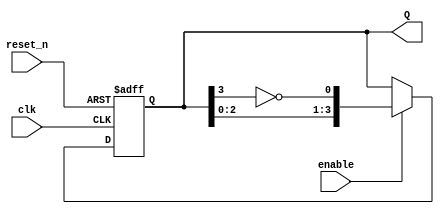
module johnson_counter #(
    parameter N = 4 // Number of flip-flops
)(
    input wire clk,       // Clock input
    input wire reset_n,   // Asynchronous active-low reset
    input wire enable,    // Enable signal
    output reg [N-1:0] Q // Counter output
);

// Internal signal for feedback
wire feedback;

assign feedback = ~Q[N-1]; // Inverted output of the last flip-flop

// Always block for the Johnson Counter
always @(posedge clk or negedge reset_n) begin
    if (!reset_n) begin
        Q <= 0; // Reset the counter to 000...0
    end else if (enable) begin
        // Shift the states
        Q <= {Q[N-2:0], feedback}; // Shift left and insert feedback
    end
end

endmodule